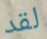
لقد